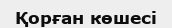
Қорған көшесі